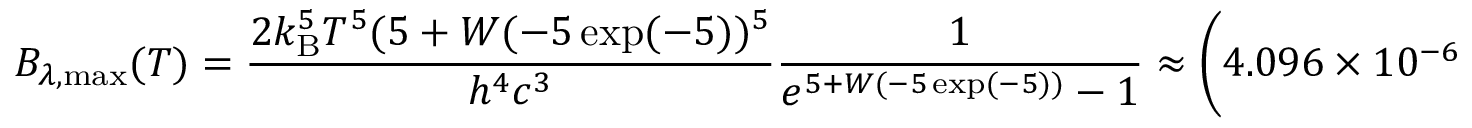
B _ { \lambda , { \mathrm { m a x } } } ( T ) = { \frac { 2 k _ { \mathrm { B } } ^ { 5 } T ^ { 5 } ( 5 + W ( - 5 \exp ( - 5 ) ) ^ { 5 } } { h ^ { 4 } c ^ { 3 } } } { \frac { 1 } { e ^ { 5 + W ( - 5 \exp ( - 5 ) ) } - 1 } } \approx \left( 4 . 0 9 6 \times 1 0 ^ { - 6 } { \frac { \mathrm { W } } { { \mathrm { m } } ^ { 3 } \cdot { \mathrm { K } } ^ { 5 } } } \right) \times ~ T ^ { 5 }